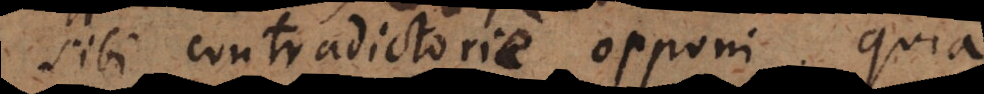
sibi contradictorie opponi, quia